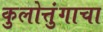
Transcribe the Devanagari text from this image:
कुलोत्तुंगाचा